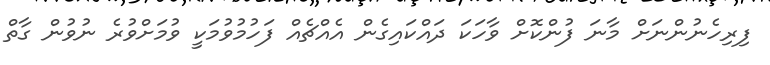
ފިރިހެނުންނަށް މާނަ ފުންކޮށް ވާހަކަ ދައްކައިގެން އެއްޗެއް ފަހުމުވުމަކީ ވުމަށްވުރެ ނުވުން ގާތް